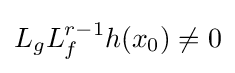
L_{g}L_{f}^{r-1}h(x_{0})\neq 0